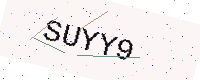
Text: SUYY9